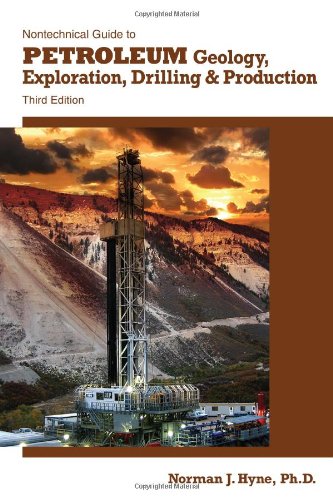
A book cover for Nontechnical Guide to Petroleum Geology, Exploration, Drilling & Production, 3rd Ed.; Norman J. Hyne; Engineering & Transportation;